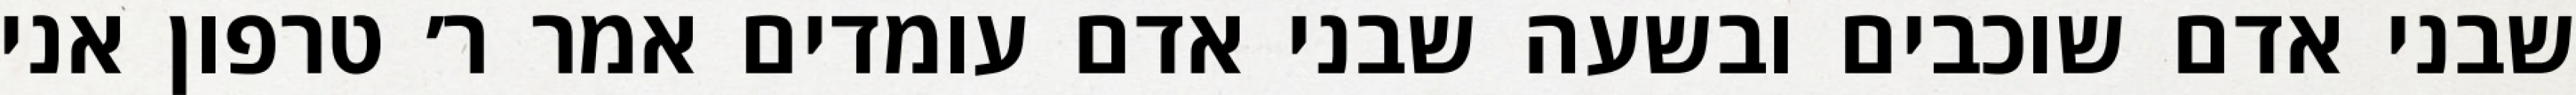
שבני אדם שוכבים ובשעה שבני אדם עומדים אמר ר׳ טרפון אני